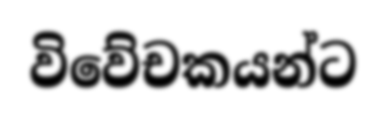
විවේචකයන්ට